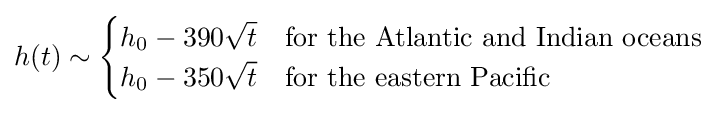
h(t)\sim {\begin{cases}h_{0}-390{\sqrt {t}}&{\text{for the Atlantic and Indian oceans}}\\h_{0}-350{\sqrt {t}}&{\text{for the eastern Pacific}}\end{cases}}